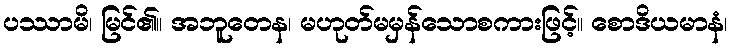
ပဿာမိ၊ မြင်၏။ အဘူတေန၊ မဟုတ်မမှန်သောစကားဖြင့်။ စောဒိယမာနံ၊